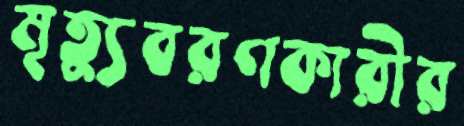
মৃত্যুবরণকারীর